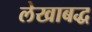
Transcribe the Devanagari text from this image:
लेखाबद्ध